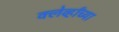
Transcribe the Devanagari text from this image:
क्लेर्व्हॉच्या